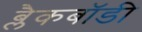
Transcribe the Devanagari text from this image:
ब्लैकबॉडी